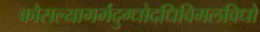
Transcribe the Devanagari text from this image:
कौसल्यागर्भदुग्धोदधिविमलविधो